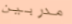
مدربين